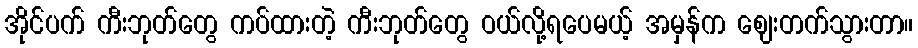
အိုင်ပက် ကီးဘုတ်တွေ ကပ်ထားတဲ့ ကီးဘုတ်တွေ ဝယ်လို့ရပေမယ့် အမှန်က ဈေးတက်သွားတာ။